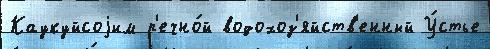
Каукуйсоjим р'ечно́й водохоз'яйств'енный У́стье